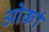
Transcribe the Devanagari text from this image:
ओर्का